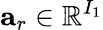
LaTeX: \mathbf{a}_{r}\in\mathbb{R}^{I_{1}}